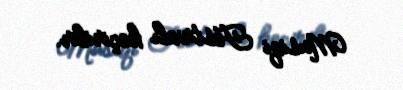
Musiqi Festivalı keçirilir.